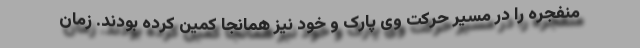
منفجره را در مسیر حرکت وی پارک و خود نیز همانجا کمین کرده بودند. زمان